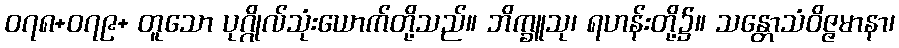
၀၇၈+၀၇၉+ တူသော ပုဂ္ဂိုလ်သုံးယောက်တို့သည်။ ဘိက္ခူသု၊ ရဟန်းတို့၌။ သန္တောသံဝိဇ္ဇမာနာ၊